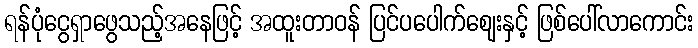
ရန်ပုံငွေရှာဖွေသည့်အနေဖြင့် အထူးတာဝန် ပြင်ပပေါက်ဈေးနှင့် ဖြစ်ပေါ်လာကောင်း